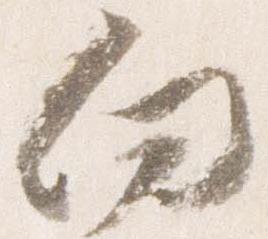
向